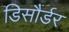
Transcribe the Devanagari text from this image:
डिसौर्डर